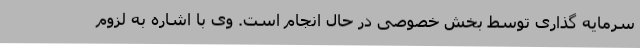
سرمایه گذاری توسط بخش خصوصی در حال انجام است. وی با اشاره به لزوم